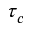
\tau _ { c }